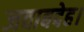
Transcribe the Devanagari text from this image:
जवाबदेह।